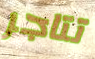
تتاجر